Senior Leaving Certificate Examination (including Day School Certificate (Higher) General paper), 1949
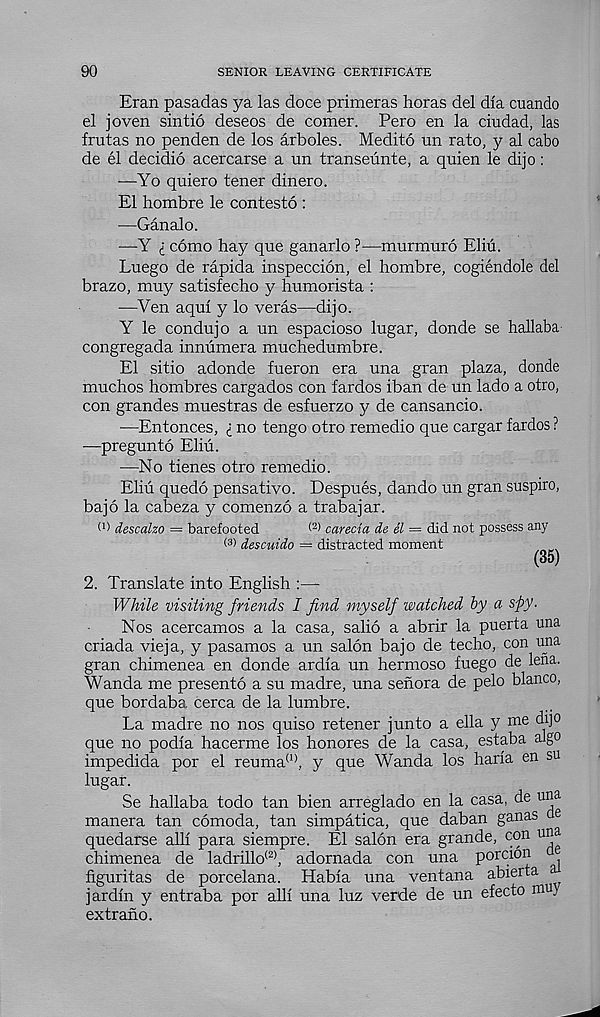
90
SENIOR LEAVING CERTIFICATE
Eran pasadas ya las doce primeras horas del dla cuando
el joven sintio deseos de comer. Pero en la ciudad, las
frutas no penden de los arboles. Medito un rato, y al cabo
de el decidio acercarse a un transeunte, a quien le dijo:
—Yo quiero tener dinero.
El hombre le contesto :
—Ganalo.
—Y i como hay que ganarlo ?—murmuro Eliu.
Luego de rapida inspeccion, el hombre, cogiendole del
brazo, muy satisfecho y humorista :
—Yen aqul y lo veras—dijo.
Y le condujo a un espacioso lugar, donde se hallaba
congregada innumera muchedumbre.
El sitio adonde fueron era una gran plaza, donde
muchos hombres cargados con fardos iban de un lado a otro,
con grandes muestras de esfuerzo y de cansancio.
■—Entonces, £ no tengo otro remedio que cargar fardos ?
—pregunto Eliu.
—No tienes otro remedio.
Eliu quedo pensativo. Despues, dando un gran suspiro,
bajo la cabeza y comenzo a trabajar.
O descalzo = barefooted
(2) carecia de el = did not possess any
descuido = distracted moment
(35)
2. Translate into English :—
While visiting friends I find myself watched by a spy.
Nos acercamos a la casa, salio a abrir la puerta una
criada vieja, y pasamos a un salon bajo de techo, con una
gran chimenea en donde ardia un hermoso fuego de lena.
Wanda me presento a su madre, una senora de pelo bianco,
que bordaba. cerca de la lumbre.
La madre no nos quiso retener junto a ella y me dijo
que no podia hacerme los honores de la casa, estaba algo
impedida por el reuma (1> , y que Wanda los haria en su
lugar.
Se hallaba todo tan bien arreglado en la casa, de una
manera tan comoda, tan simpatica, que daban ganas
quedarse alii para siempre. El salon era grande, con una
chimenea de ladrillo (2) , adornada con una porcion
figuritas de porcelana. Habia una ventana abierta
jardin y entraba por alii una luz verde de un efecto muy
extrano.